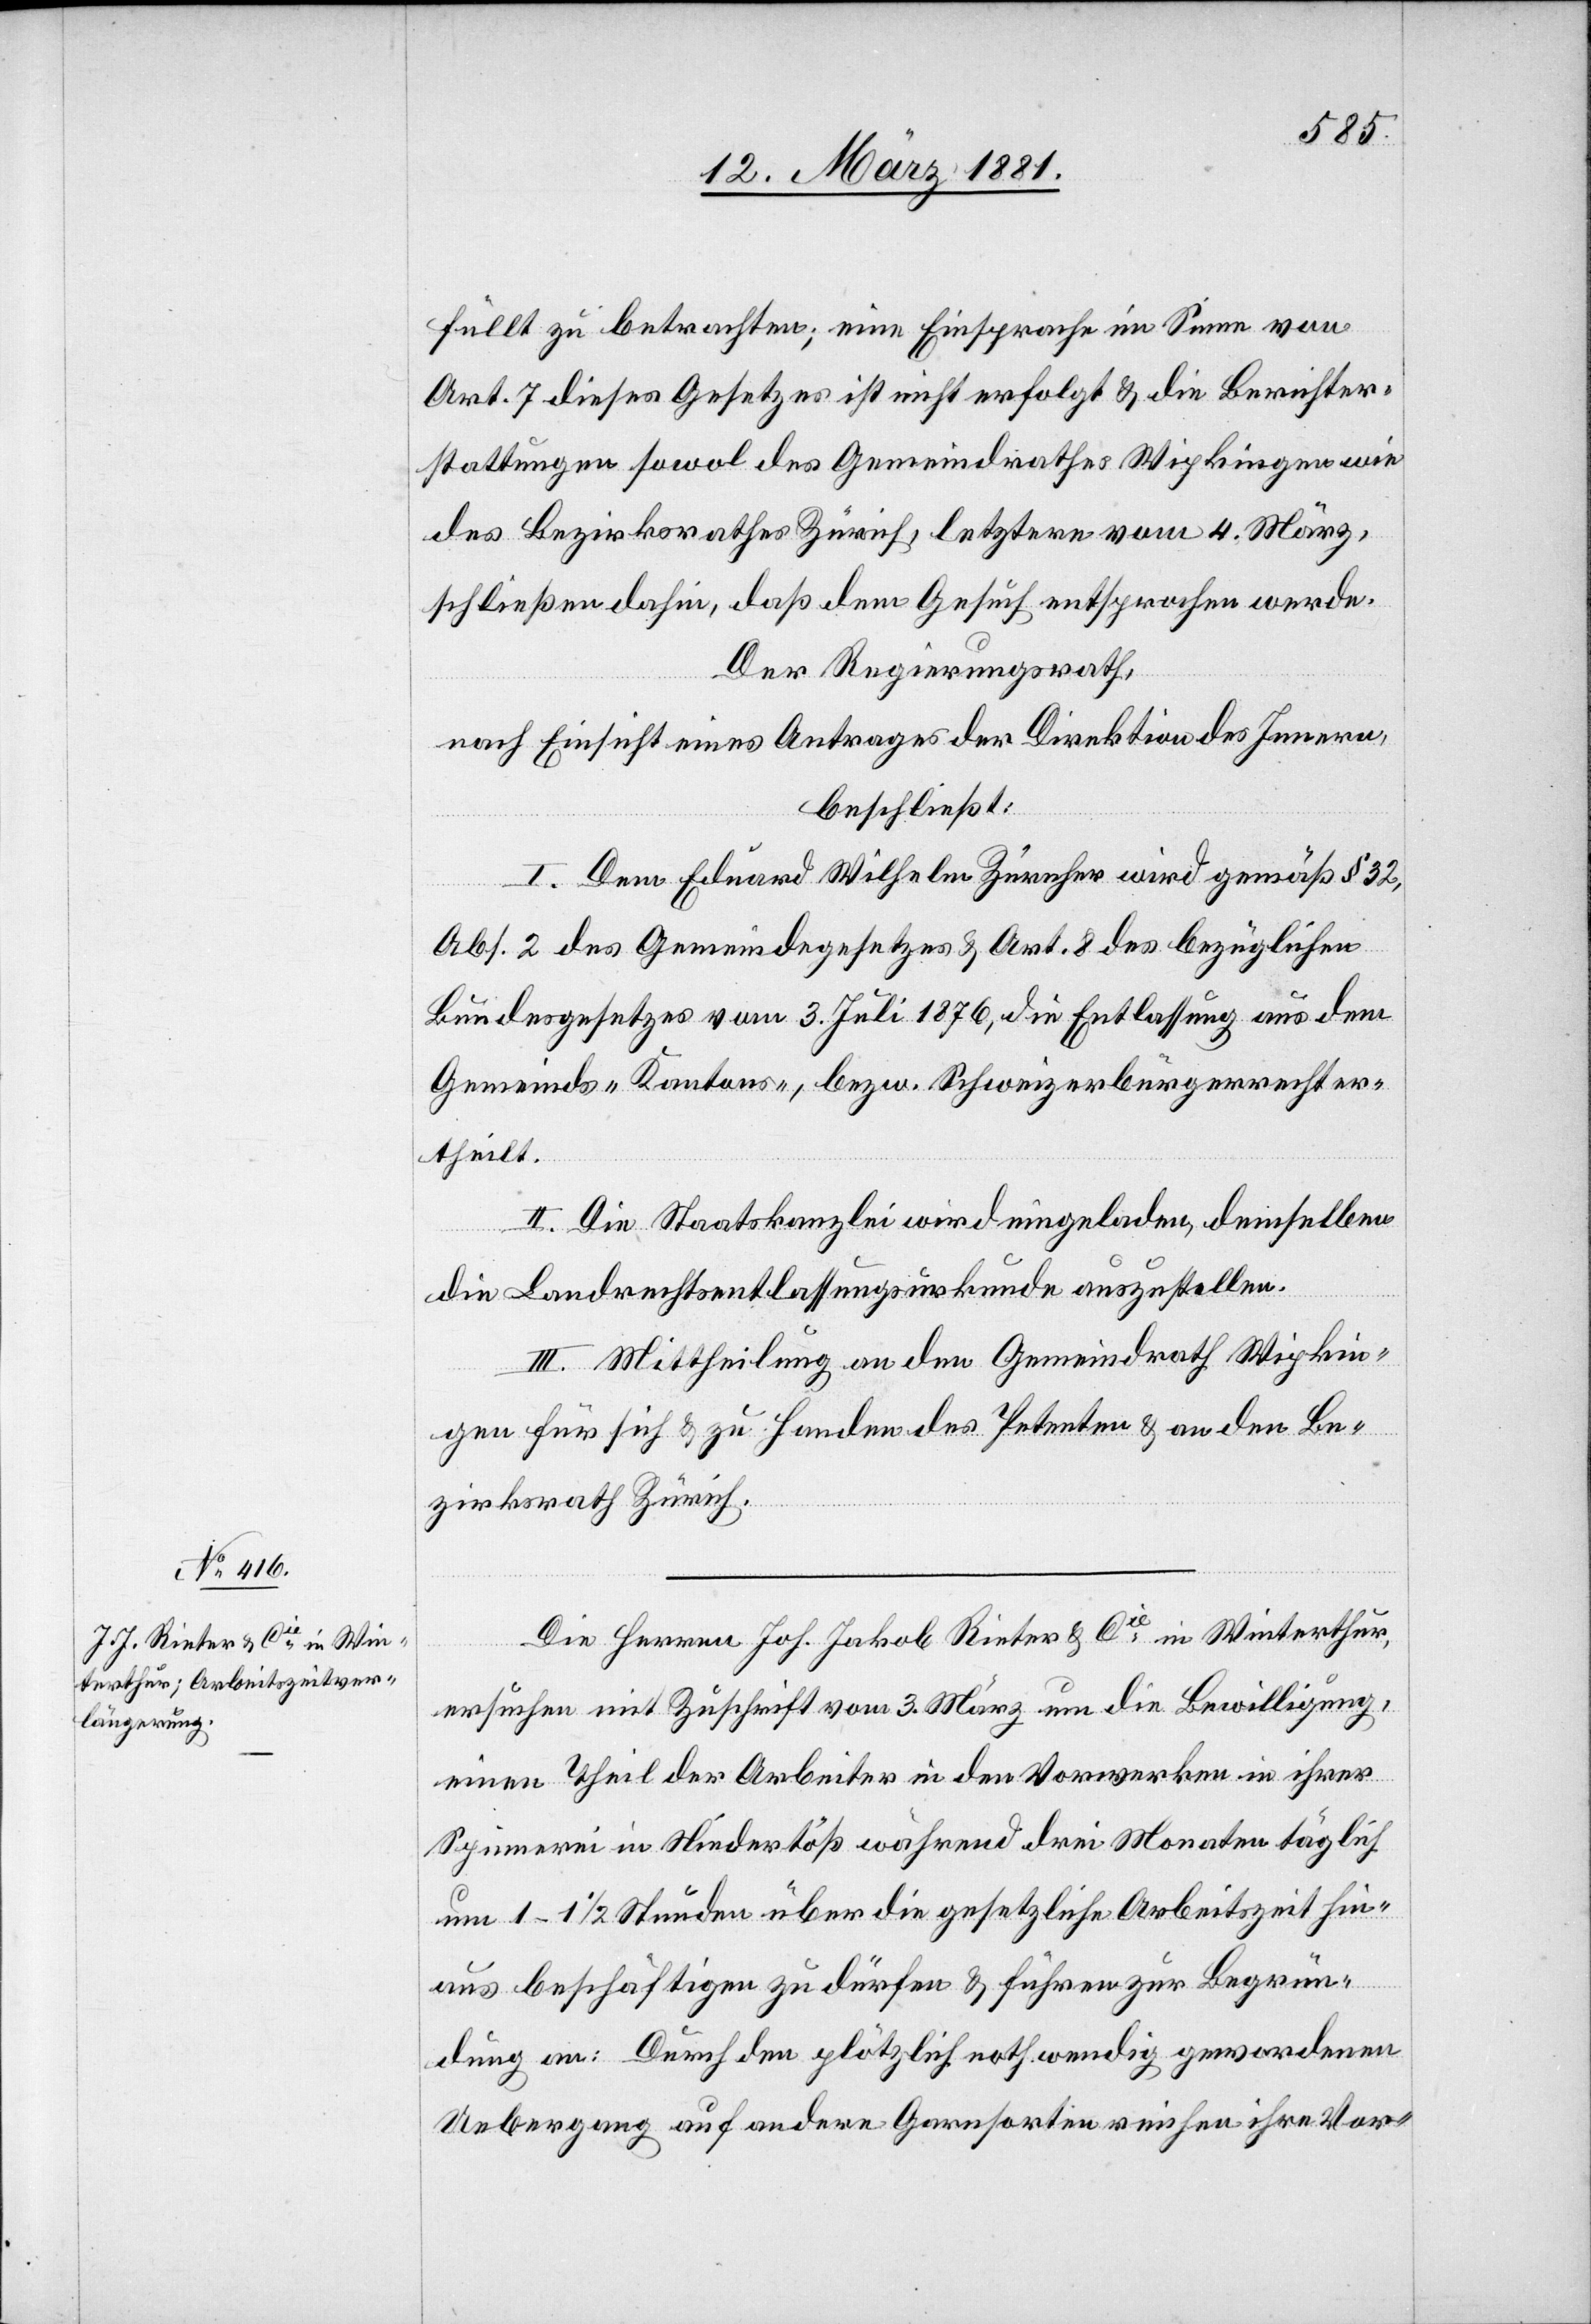
füllt zu betrachten; eine Einsprache im Sinne von
Art. 7 dieses Gesetzes ist nicht erfolgt & die Berichter¬
stattung sowol des Gemeindrathes Wipkingen wie
des Bezirksrathes Zürich, letztere vom 4. März,
schließen dahin, daß dem Gesuch entsprochen werde.
Der Regierungsrath,
nach Einsicht eines Antrages der Direktion des Innern,
beschließt:
I. Dem Eduard Wilhelm Zürcher wird gemäß § 32,
Abs. 2 des Gemeindegesetzes & Art. 8 des bezüglichen
Bundesgesetzes vom 3. Juli 1876, die Entlassung aus dem
Gemeinds- Kantons-, bezw. Schweizerbürgerrecht er¬
theilt.
II. Die Staatskanzlei wird eingeladen, demselben
die Landrechtsentlassungsurkunde auszustellen.
III. Mittheilung an den Gemeindrath Wipkin¬
gen für sich & zu Handen des Petenten & an den Be¬
zirksrath Zürich.
Die Herren Joh. Jakob Rieter & Cie in Winterthur
ersuchen mit Zuschrift vom 3. März um die Bewilligung,
einen Theil der Arbeiter in den Vorwerken in ihrer
Spinnerei in Niedertöß während drei Monaten täglich
um 1–1 1/2 Stunden über die gesetzliche Arbeitszeit hin¬
aus beschäftigen zu dürfen & führen zur Begrün¬
dung an: Durch den plötzlich nothwendig gewordenen
Uebergang auf andere Garnsorten reichen ihre Vor-